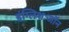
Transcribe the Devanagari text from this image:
इंग्लिशःजॉन